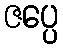
ဇပ္ပေ